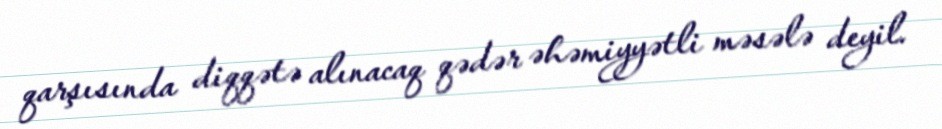
qarşısında diqqətə alınacaq qədər əhəmiyyətli məsələ deyil.